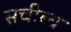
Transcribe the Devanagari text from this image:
सचीब्ध